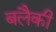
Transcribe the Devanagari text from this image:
बलैकी